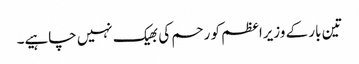
تین بار کے وزیراعظم کو رحم کی بھیک نہیں چاہیے۔